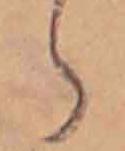
ら